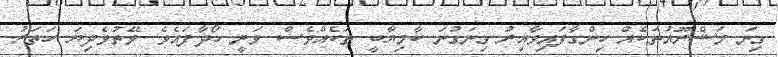
ގިނަ މަޝްރޫއުތަކެއް ހިންގާފައިވާއިރު ގިނަގުނަ ކާމިޔާބީ ތަކެއްވެސް ވަނީ ހޯދާފައެވެ. ވޭތުވެދިޔަ ހަތަރު